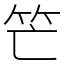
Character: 笀